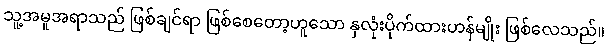
သူ့အမူအရာသည် ဖြစ်ချင်ရာ ဖြစ်စေတော့ဟူသော နှလုံးပိုက်ထားဟန်မျိုး ဖြစ်လေသည်။